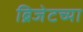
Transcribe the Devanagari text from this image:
ब्रिजेटच्या